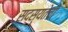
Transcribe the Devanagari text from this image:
सदस्यतेची